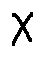
X